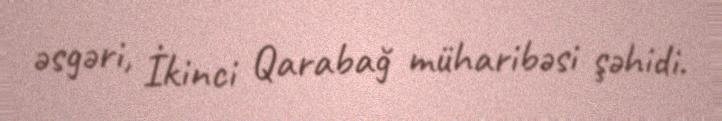
əsgəri, İkinci Qarabağ müharibəsi şəhidi.